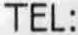
TEL: